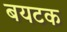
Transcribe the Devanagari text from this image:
बयटक